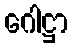
ဂေါဋ္ဌာ